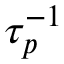
\tau _ { p } ^ { - 1 }